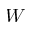
\bar { W }